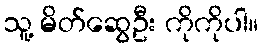
သူ့ မိတ်ဆွေဦး ကိုကိုပါ။